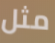
مثل